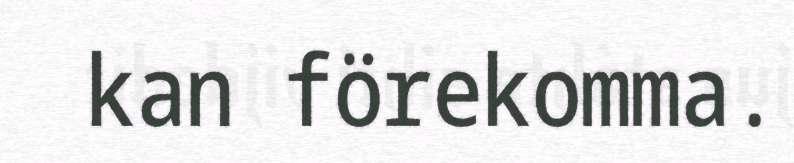
kan förekomma.